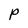
Character: P